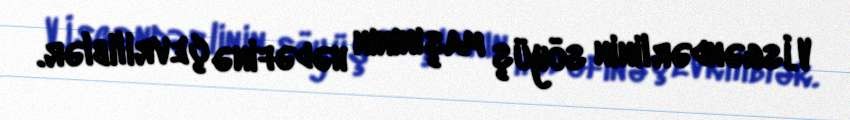
V.İsgəndərlinin söyüş maşınının hədəfinə çevriliblər.